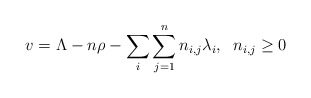
\begin{align*}v=\Lambda-n\rho-\sum_{i}\sum_{j=1}^{n}n_{i,j}\lambda_{i},\;\;n_{i,j}\geq 0\end{align*}